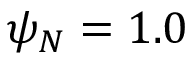
\psi _ { N } = 1 . 0